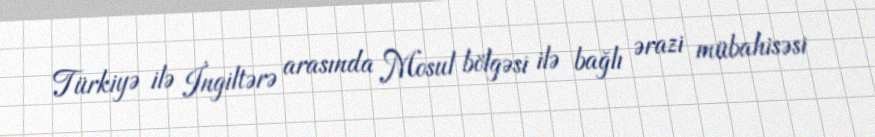
Türkiyə ilə İngiltərə arasında Mosul bölgəsi ilə bağlı ərazi mübahisəsi